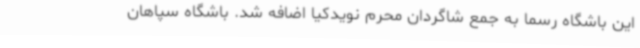
این باشگاه رسما به جمع شاگردان محرم نویدکیا اضافه شد. باشگاه سپاهان